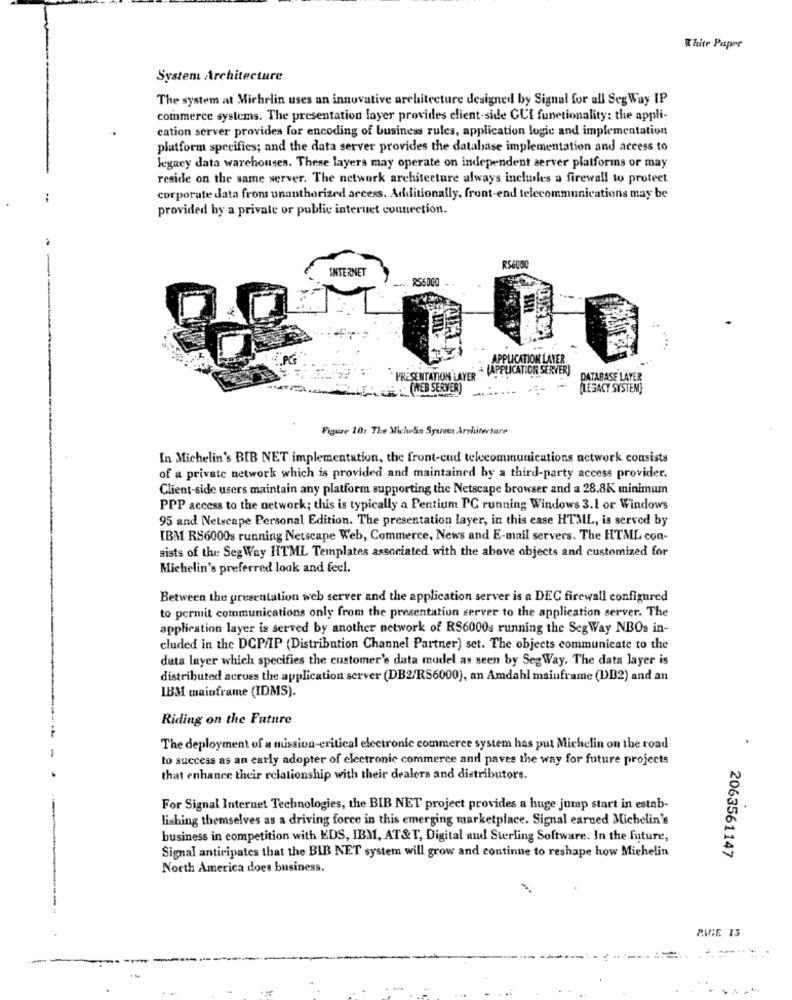
White Paper
System Architecture
The system at Michelin uses an innovative architecture designed by Signal for all Seg Way IP
commerce systems. The presentation layer provides client-side CUI functionality: the appli-
cation server provides for encoding of business rules, application logic and implementation
platform specifies; and the data server provides the database implementation and access to
legacy data warehouses. These layers may operate on independent server platformns or may
reside on the same server. The network architecture always incluiles a firewall to protect
corporate data from unauthorized access. Additionally, front-end telecommunications may be
provided by a private or public internet connection.
-
INTERNET
R$6000
APPLICATION LAYER
(APPLICATION SERVER)
PRESENTATION LAYER *
DATABASE LAYER
(WEB SERVER)
(LEGACY SYSTEM)
Figure 20: The MicheSa Systeet Architecture
In Michelin's BIB NET implementation, the front-cud telecommunications actwork consists
of a private network which is provided and maintained by a third-party access provider.
Client-side users maintain any platform supporting the Netscape browser and a 28.8K minimum
PPP access to the network; this is typically a Pentium PC running Windows 3.1 or Windows
95 and Netscape Personal Edition. The presentation layer, in this case HTML, is served by
IBM RS6000s running Netscape Web, Commerce, News and E-mail servers. The HTML con-
sists of the Seg Way HTML Templates associated with the above objects and customized for
Michelin's preferred look and feel.
Between the presentation web server and the application server is a DEC firewall configured
to permit communications only from the presentation server to the application server. The
application layer is served by another network of R$6000s running the SegWay NBOs in-
cluded in the DCP/IP (Distribution Channel Partner) set. The objects communicate to the
data layer which specifies the customer's data model as seen by SegWay. The data layer is
distributed across the application server (DB2/RS6000), an Amdahl mainframe (DB2) and an
IBM mainframe (IDMS).
Riding on the Future
The deployment of a mission-critical electronic commerce system has put Michelin on the road
to success as an early adopter of electronic commerce and paves the way for future projects
that enhance their relationship with their dealers and distributors.
For Signal Internet Technologies, the BIB NET project provides a huge jump start in estab-
lishing themselves as a driving force in this emerging marketplace. Signal earned Michelin's
business in competition with EDS, IBM, AT&T, Digital and Sterling Software. In the future,
Signal anticipates that the BIB NET system will grow and continue to reshape how Michelin
2063561147
North America does business.
PAGE 13